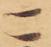
ニ